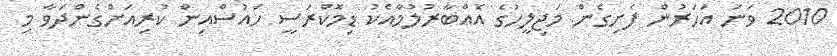
2010 ވަނަ އަހަރުން ފެށިގެން މަޖިލީހުގެ އެއްބާރުލުމާއެކު ޑިމޮކްރަސީ ހައުސްއިން ކުރިއަށްގެންދަވާ މި